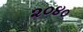
૨૦૪૦